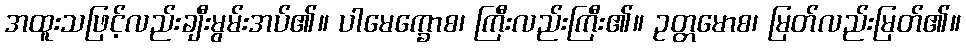
အထူးသဖြင့်လည်းချီးမွမ်းအပ်၏။ ပါမေက္ခောစ၊ ကြီးလည်းကြီး၏။ ဥတ္တမောစ၊ မြတ်လည်းမြတ်၏။